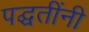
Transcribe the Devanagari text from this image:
पद्घतींनी